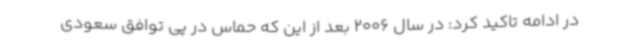
در ادامه تاکید کرد: در سال 2006 بعد از این که حماس در پی توافق سعودی